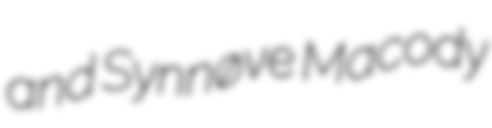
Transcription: and Synnøve Macody